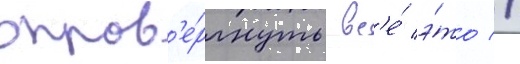
опров'е́ргнуть вс'е́ э́то //